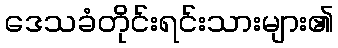
ဒေသခံတိုင်းရင်းသားများ၏